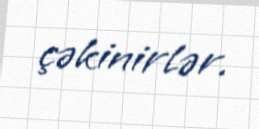
çəkinirlər.